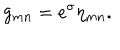
g _ { m n } = e ^ { \sigma } \eta _ { m n } .